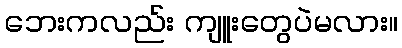
ဘေးကလည်း ကျူးတွေပဲမလား။